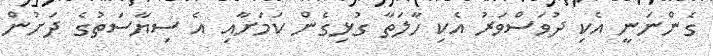
ގެންނަނީ އެކި ދުވަސްވަރު އެކި ހާލަތާ ގުޅިގެން ކަމަށާއި އެ ސިޔާސަތުގެ ދަށުން